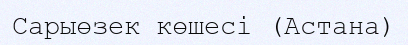
Сарыөзек көшесі (Астана)